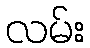
လမ်း